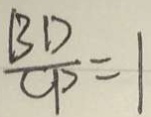
\frac { B D } { C P } = 1